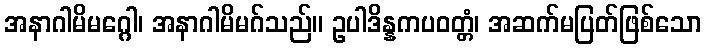
အနာဂါမိမဂ္ဂေါ၊ အနာဂါမိမဂ်သည်။ ဥပါဒိန္နကပဝတ္တံ၊ အဆက်မပြတ်ဖြစ်သော